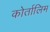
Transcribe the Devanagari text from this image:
कोर्तालिम